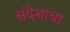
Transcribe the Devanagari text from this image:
संदेशाचा